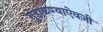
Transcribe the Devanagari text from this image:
गुंडाळण्याऐवजी